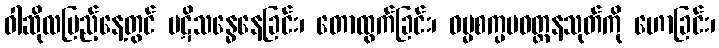
ဝါဆိုလပြည့်နေ့တွင် ပဋိသန္ဓေနေခြင်း၊ တောထွက်ခြင်း၊ ဓမ္မစက္ပပဝတ္တနသုတ်ကို ဟောခြင်း၊